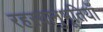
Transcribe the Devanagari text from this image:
रहस्यानुभूतियाँ